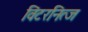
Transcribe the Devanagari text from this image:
विंटरनित्ज